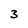
Character: 3